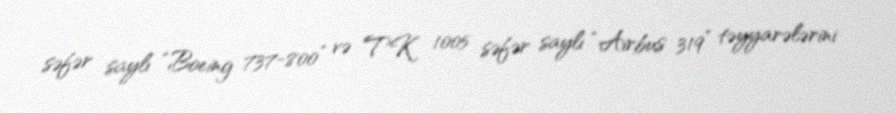
səfər saylı “Boeing 737-800” və TK 1005 səfər saylı “Airbus 319” təyyarələrini